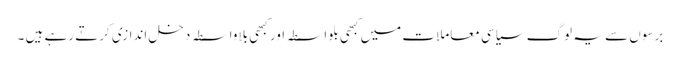
برسوں سے یہ لوگ سیاسی معاملات میں کبھی بلواسطہ اور کبھی بلاواسطہ دخل اندازی کرتے رہے ہیں ۔